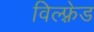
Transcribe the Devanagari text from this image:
विल्फ़्रेड